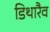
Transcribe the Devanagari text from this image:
डिथारैव